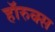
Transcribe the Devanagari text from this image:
हॉरुक्स